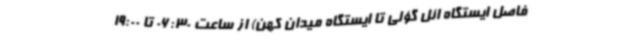
فاصل ایستگاه ائل گؤلی تا ایستگاه میدان کهن) از ساعت 06:30 تا 19:00